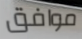
موافق